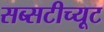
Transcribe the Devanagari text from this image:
सब्सटीच्यूट